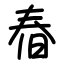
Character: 㫪